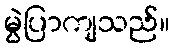
မွဲပြာကျသည်။